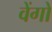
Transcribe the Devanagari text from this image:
वेंगो